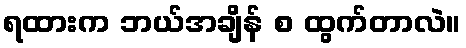
ရထားက ဘယ်အချိန် စ ထွက်တာလဲ။